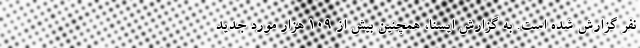
نفر گزارش شده است. به گزارش ایسنا، همچنین بیش از ۱۰۹ هزار مورد جدید